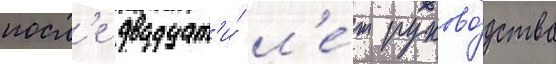
посл'е двадцат'и́ л'е́т руково́дства